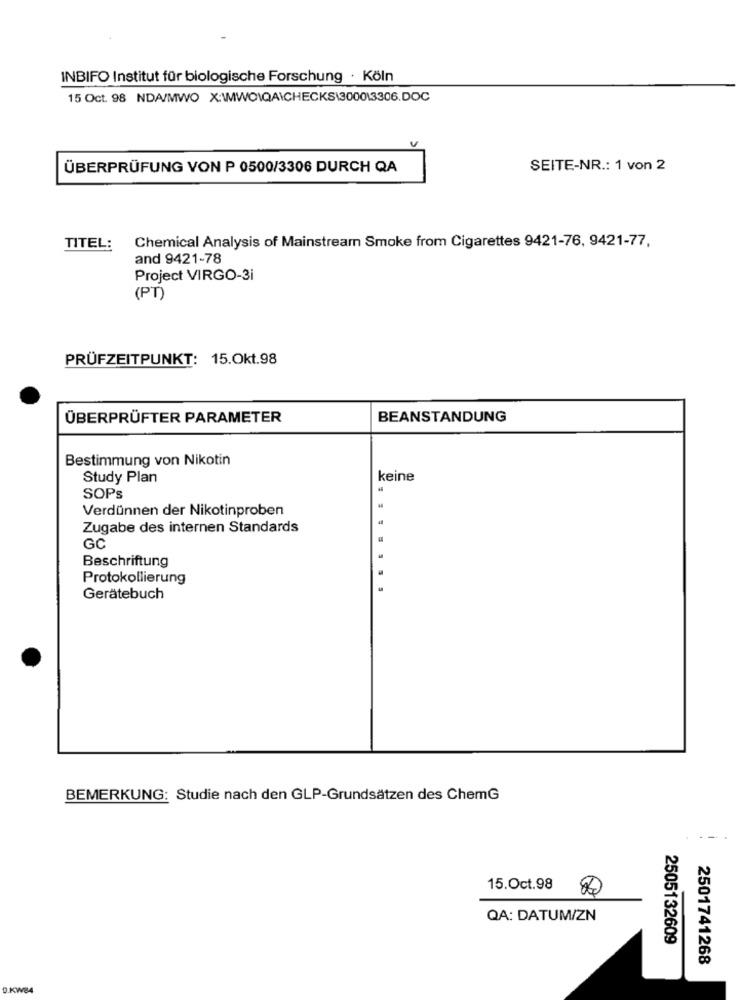
INBIFO Institut für biologische Forschung · Köln
15 Oct. 98 NDA/MWO X:\MWO\QA\CHECKS\3000\3306.DOC
ÜBERPRÜFUNG VON P 0500/3306 DURCH QA
SEITE-NR .: 1 von 2
TITEL:
Chemical Analysis of Mainstream Smoke from Cigarettes 9421-76, 9421-77,
and 9421-78
Project VIRGO-3i
(PT)
PRÜFZEITPUNKT: 15.Okt.98
ÜBERPRÜFTER PARAMETER
BEANSTANDUNG
Bestimmung von Nikotin
Study Plan
keine
SOPs
Verdünnen der Nikotinproben
Zugabe des internen Standards
GC
Beschriftung
Protokollierung
Gerätebuch
BEMERKUNG: Studie nach den GLP-Grundsätzen des ChemG
15.Oct.98
QA: DATUM/ZN
2505132609
2501741268
D.KW84